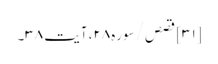
[۳۱] قصص/سوره۲۸، آیت ۳۸۔